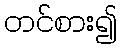
တင်စား၍